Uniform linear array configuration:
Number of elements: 32
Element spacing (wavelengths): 1
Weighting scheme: uniform
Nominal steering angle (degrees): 15
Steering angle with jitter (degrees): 15.917
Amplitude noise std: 0.05
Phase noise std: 0.05

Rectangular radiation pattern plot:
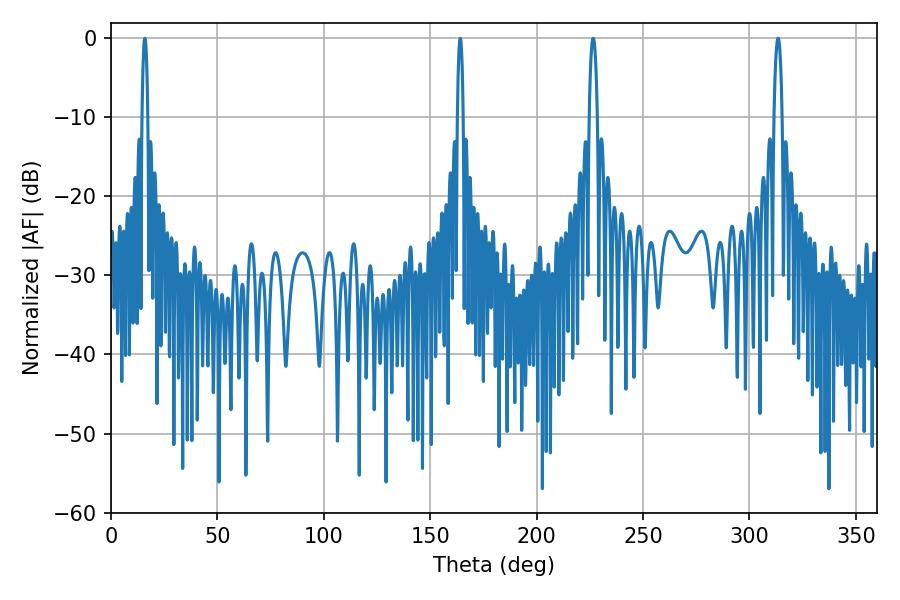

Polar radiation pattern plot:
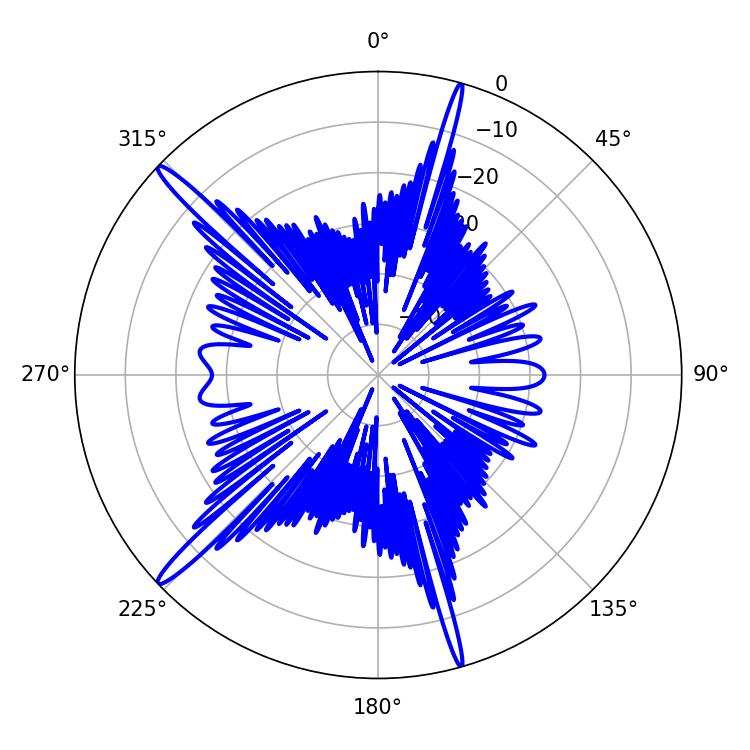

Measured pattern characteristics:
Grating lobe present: TRUE
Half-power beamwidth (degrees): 2.16
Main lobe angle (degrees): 313.38